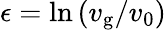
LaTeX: \epsilon=\ln{(v_{\mathrm{g}}/v_{0})}